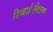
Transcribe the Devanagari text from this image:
दिखाई।सितम्बर